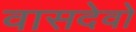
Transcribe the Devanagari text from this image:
वासदेवो